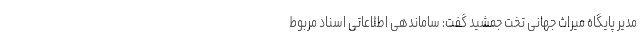
مدیر پایگاه میراث جهانی تخت جمشید گفت: ساماندهی اطلاعاتی اسناد مربوط